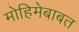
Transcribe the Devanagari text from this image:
मोहिमेबाबत